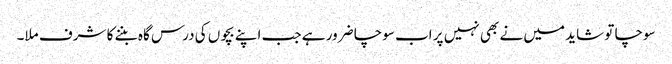
سوچا تو شاید میں نے بھی نہیں پر اب سوچا ضرور ہے جب اپنے بچوں کی درس گاہ بننے کا شرف ملا۔